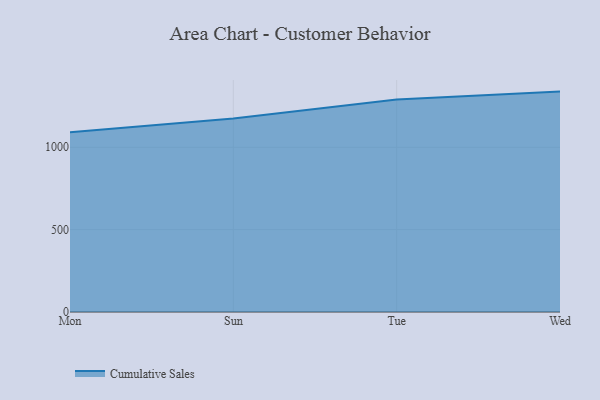
{"axis": {"x": "Day", "y": "Website Visitors"}, "legend": ["Cumulative Sales"], "data": [{"x": "Mon", "y": 1090.5, "type": "Cumulative Sales"}, {"x": "Sun", "y": 1174.7, "type": "Cumulative Sales"}, {"x": "Tue", "y": 1290.3, "type": "Cumulative Sales"}, {"x": "Wed", "y": 1338.0, "type": "Cumulative Sales"}]}